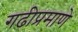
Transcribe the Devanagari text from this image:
गढीप्रमाणे